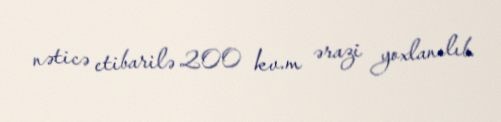
nəticə etibarilə 200 kv.m ərazi yoxlanılıb.